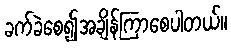
ခက်ခဲစေ၍အချိန်ကြာစေပါတယ်။